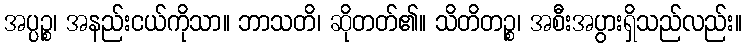
အပ္ပဉ္စ၊ အနည်းငယ်ကိုသာ။ ဘာသတိ၊ ဆိုတတ်၏။ သိတိတဉ္စ၊ အစီးအပွားရှိသည်လည်း။